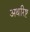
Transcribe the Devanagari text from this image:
अथरिष्ट